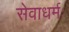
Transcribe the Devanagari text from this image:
सेवाधर्मः